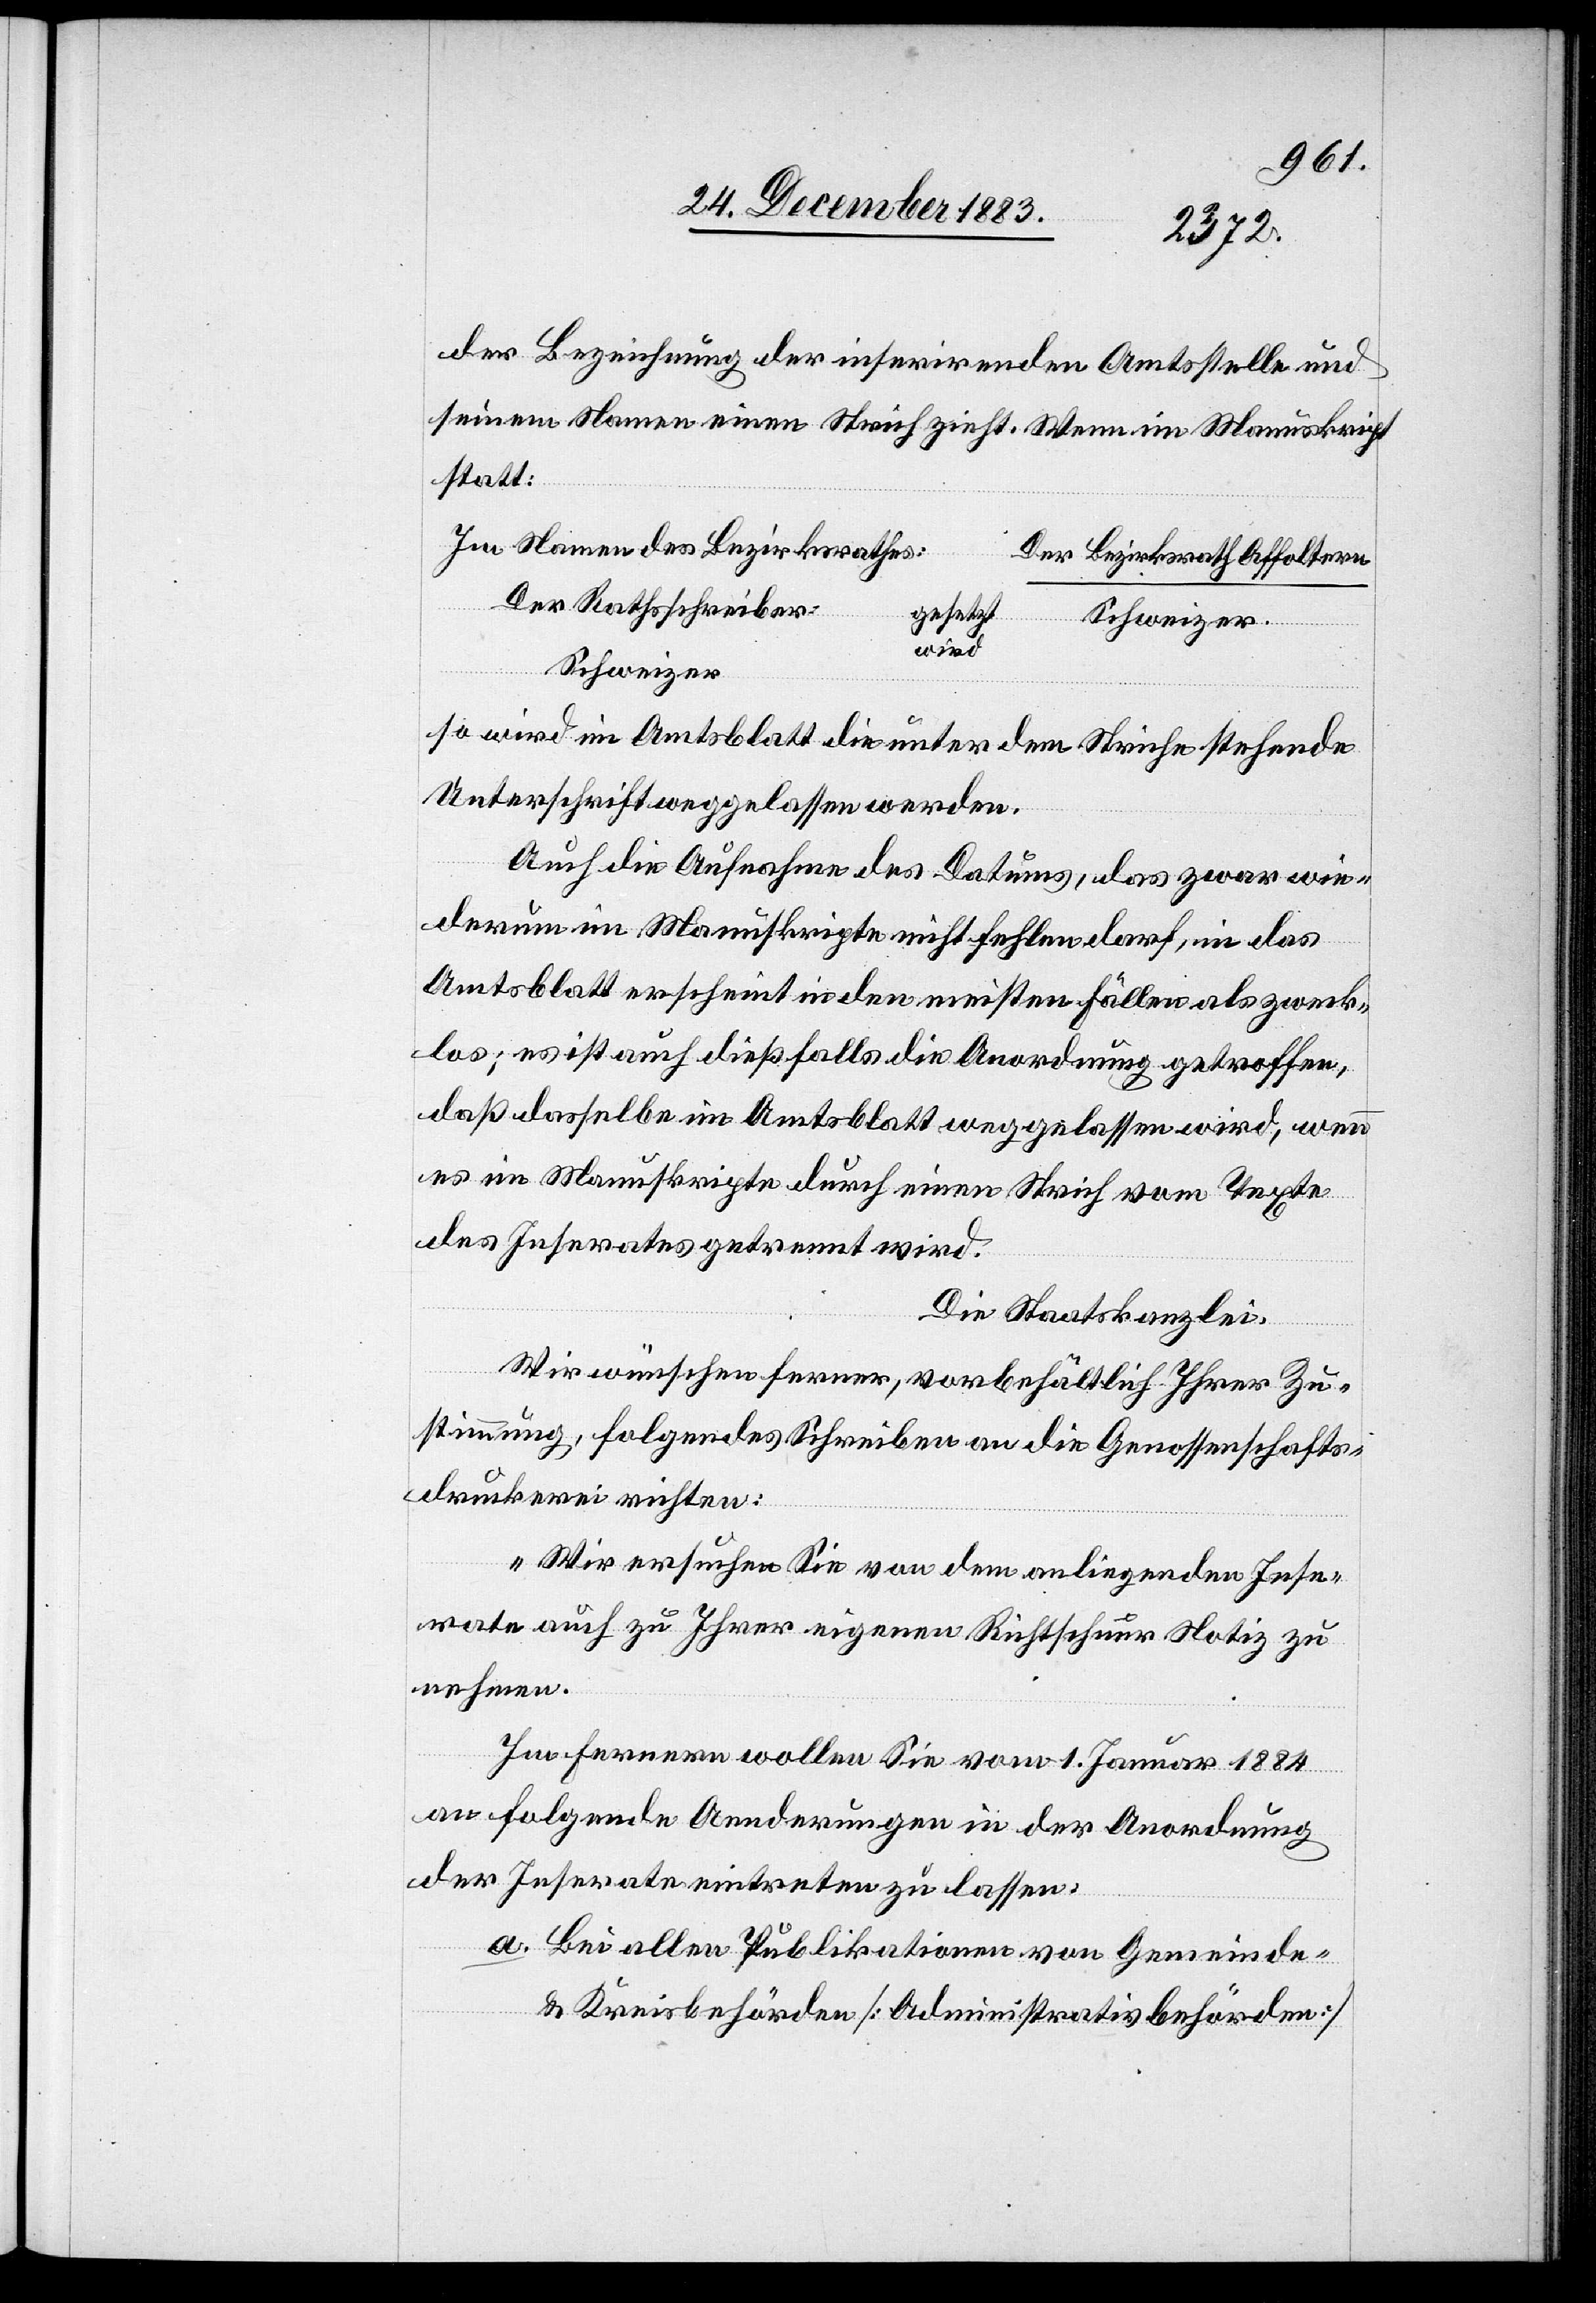
der Bezeichnung der inserirenden Amtsstelle und
seinem Namen einen Strich zieht. Wenn im Manuskript
statt:
Im Namen des Bezirksrathes:
Der Bezirksrath Affoltern
Der Rathsschreiber
gesetzt
wird
Schweizer
so wird im Amtsblatt die unter dem Striche stehende
Unterschrift weggelassen werden.
Auch die Aufnahme des Datums, das zwar wie¬
derum im Manuskripte nicht fehlen darf, in das
Amtsblatt erscheint in den meisten Fällen als zweck¬
los; es ist auch dießfalls die Anordnung getroffen,
daß dasselbe im Amtsblatt weggelassen wird, wenn
es im Manuskripte durch einen Strich vom Texte
des Inserates getrennt wird.
Die Staatskanzlei.
Wir wünschen ferner, vorbehältlich Ihrer Zu¬
stimmung, folgendes Schreiben an die Genossenschafts¬
druckerei [zu] richten:
„Wir ersuchen Sie von dem anliegenden Inse¬
rate auch zu Ihrer eigenen Richtschnur Notiz zu
nehmen.
Im Fernern wollen Sie vom 1. Januar 1884
an folgende Aenderungen in der Anordnung
der Inserate eintreten zu [sic!] lassen.
a. Bei allen Publikationen von Gemeinde-
& Kreisbehörden [Administrativbehörden]